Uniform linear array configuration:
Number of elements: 32
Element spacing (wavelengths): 1
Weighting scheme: cosine
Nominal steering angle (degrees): -15
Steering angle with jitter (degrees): -13.5
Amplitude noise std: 0.05
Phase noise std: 0.05

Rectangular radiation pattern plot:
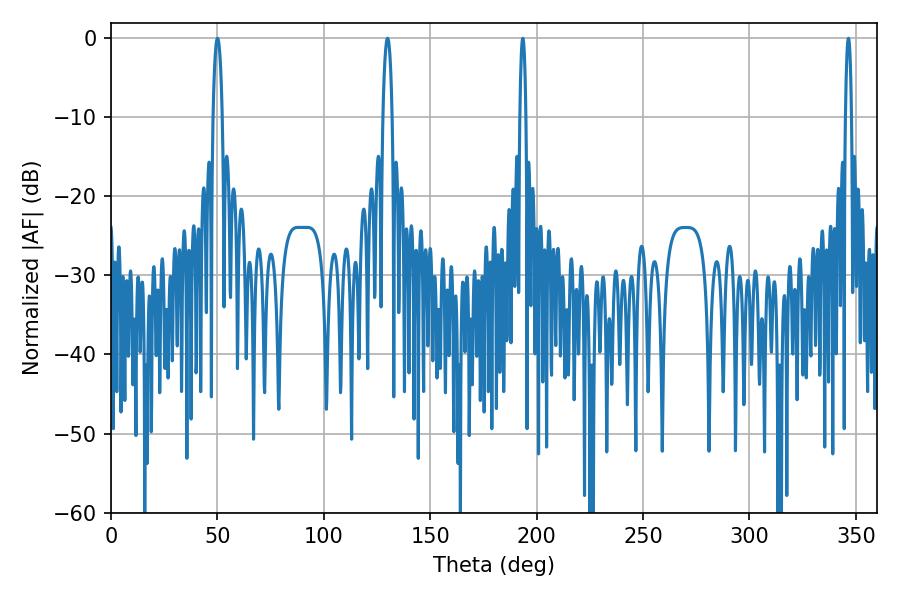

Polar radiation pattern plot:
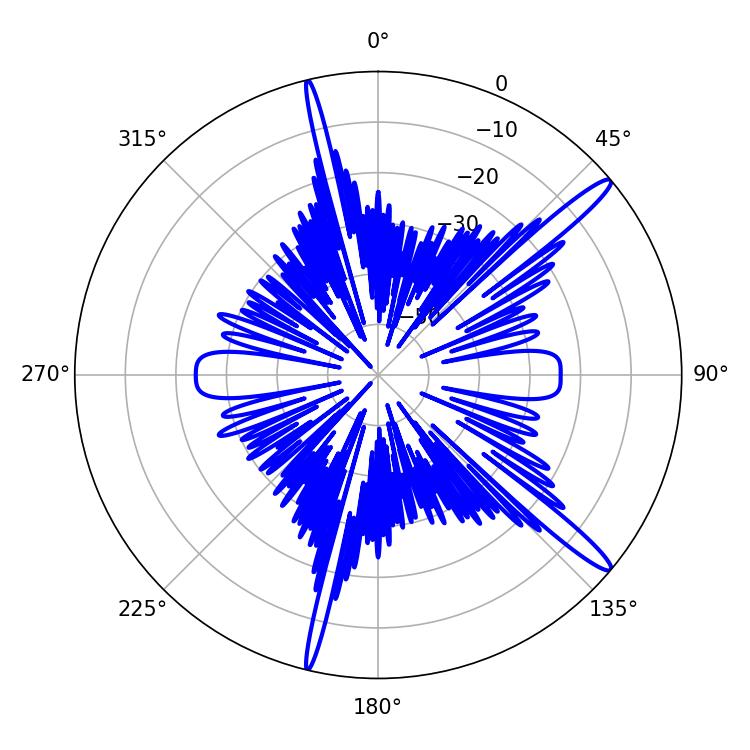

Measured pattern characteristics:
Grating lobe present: TRUE
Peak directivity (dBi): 15.27
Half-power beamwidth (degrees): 1.44
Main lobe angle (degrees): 193.5